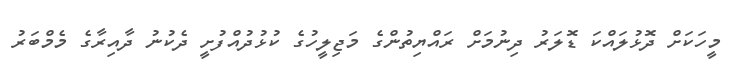
މީހަކަށް ދޮޅުލައްކަ ޑޮލަރު ދިނުމަށް ރައްޔިތުންގެ މަޖިލީހުގެ ކުޅުދުއްފުށީ ދެކުނު ދާއިރާގެ މެމްބަރު